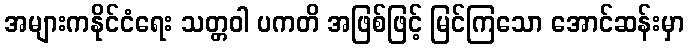
အများကနိုင်ငံရေး သတ္တဝါ ပကတိ အဖြစ်ဖြင့် မြင်ကြသော အောင်ဆန်းမှာ